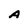
Character: A